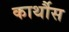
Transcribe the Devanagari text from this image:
कार्थौस